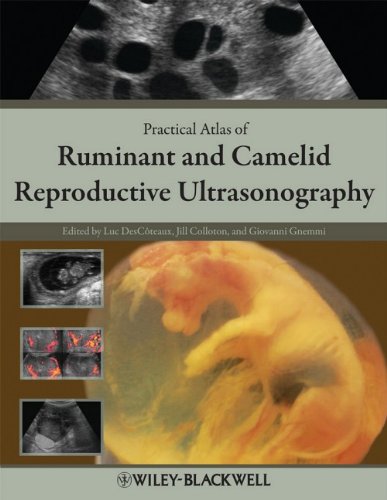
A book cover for Practical Atlas of Ruminant and Camelid Reproductive Ultrasonography; Medical Books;